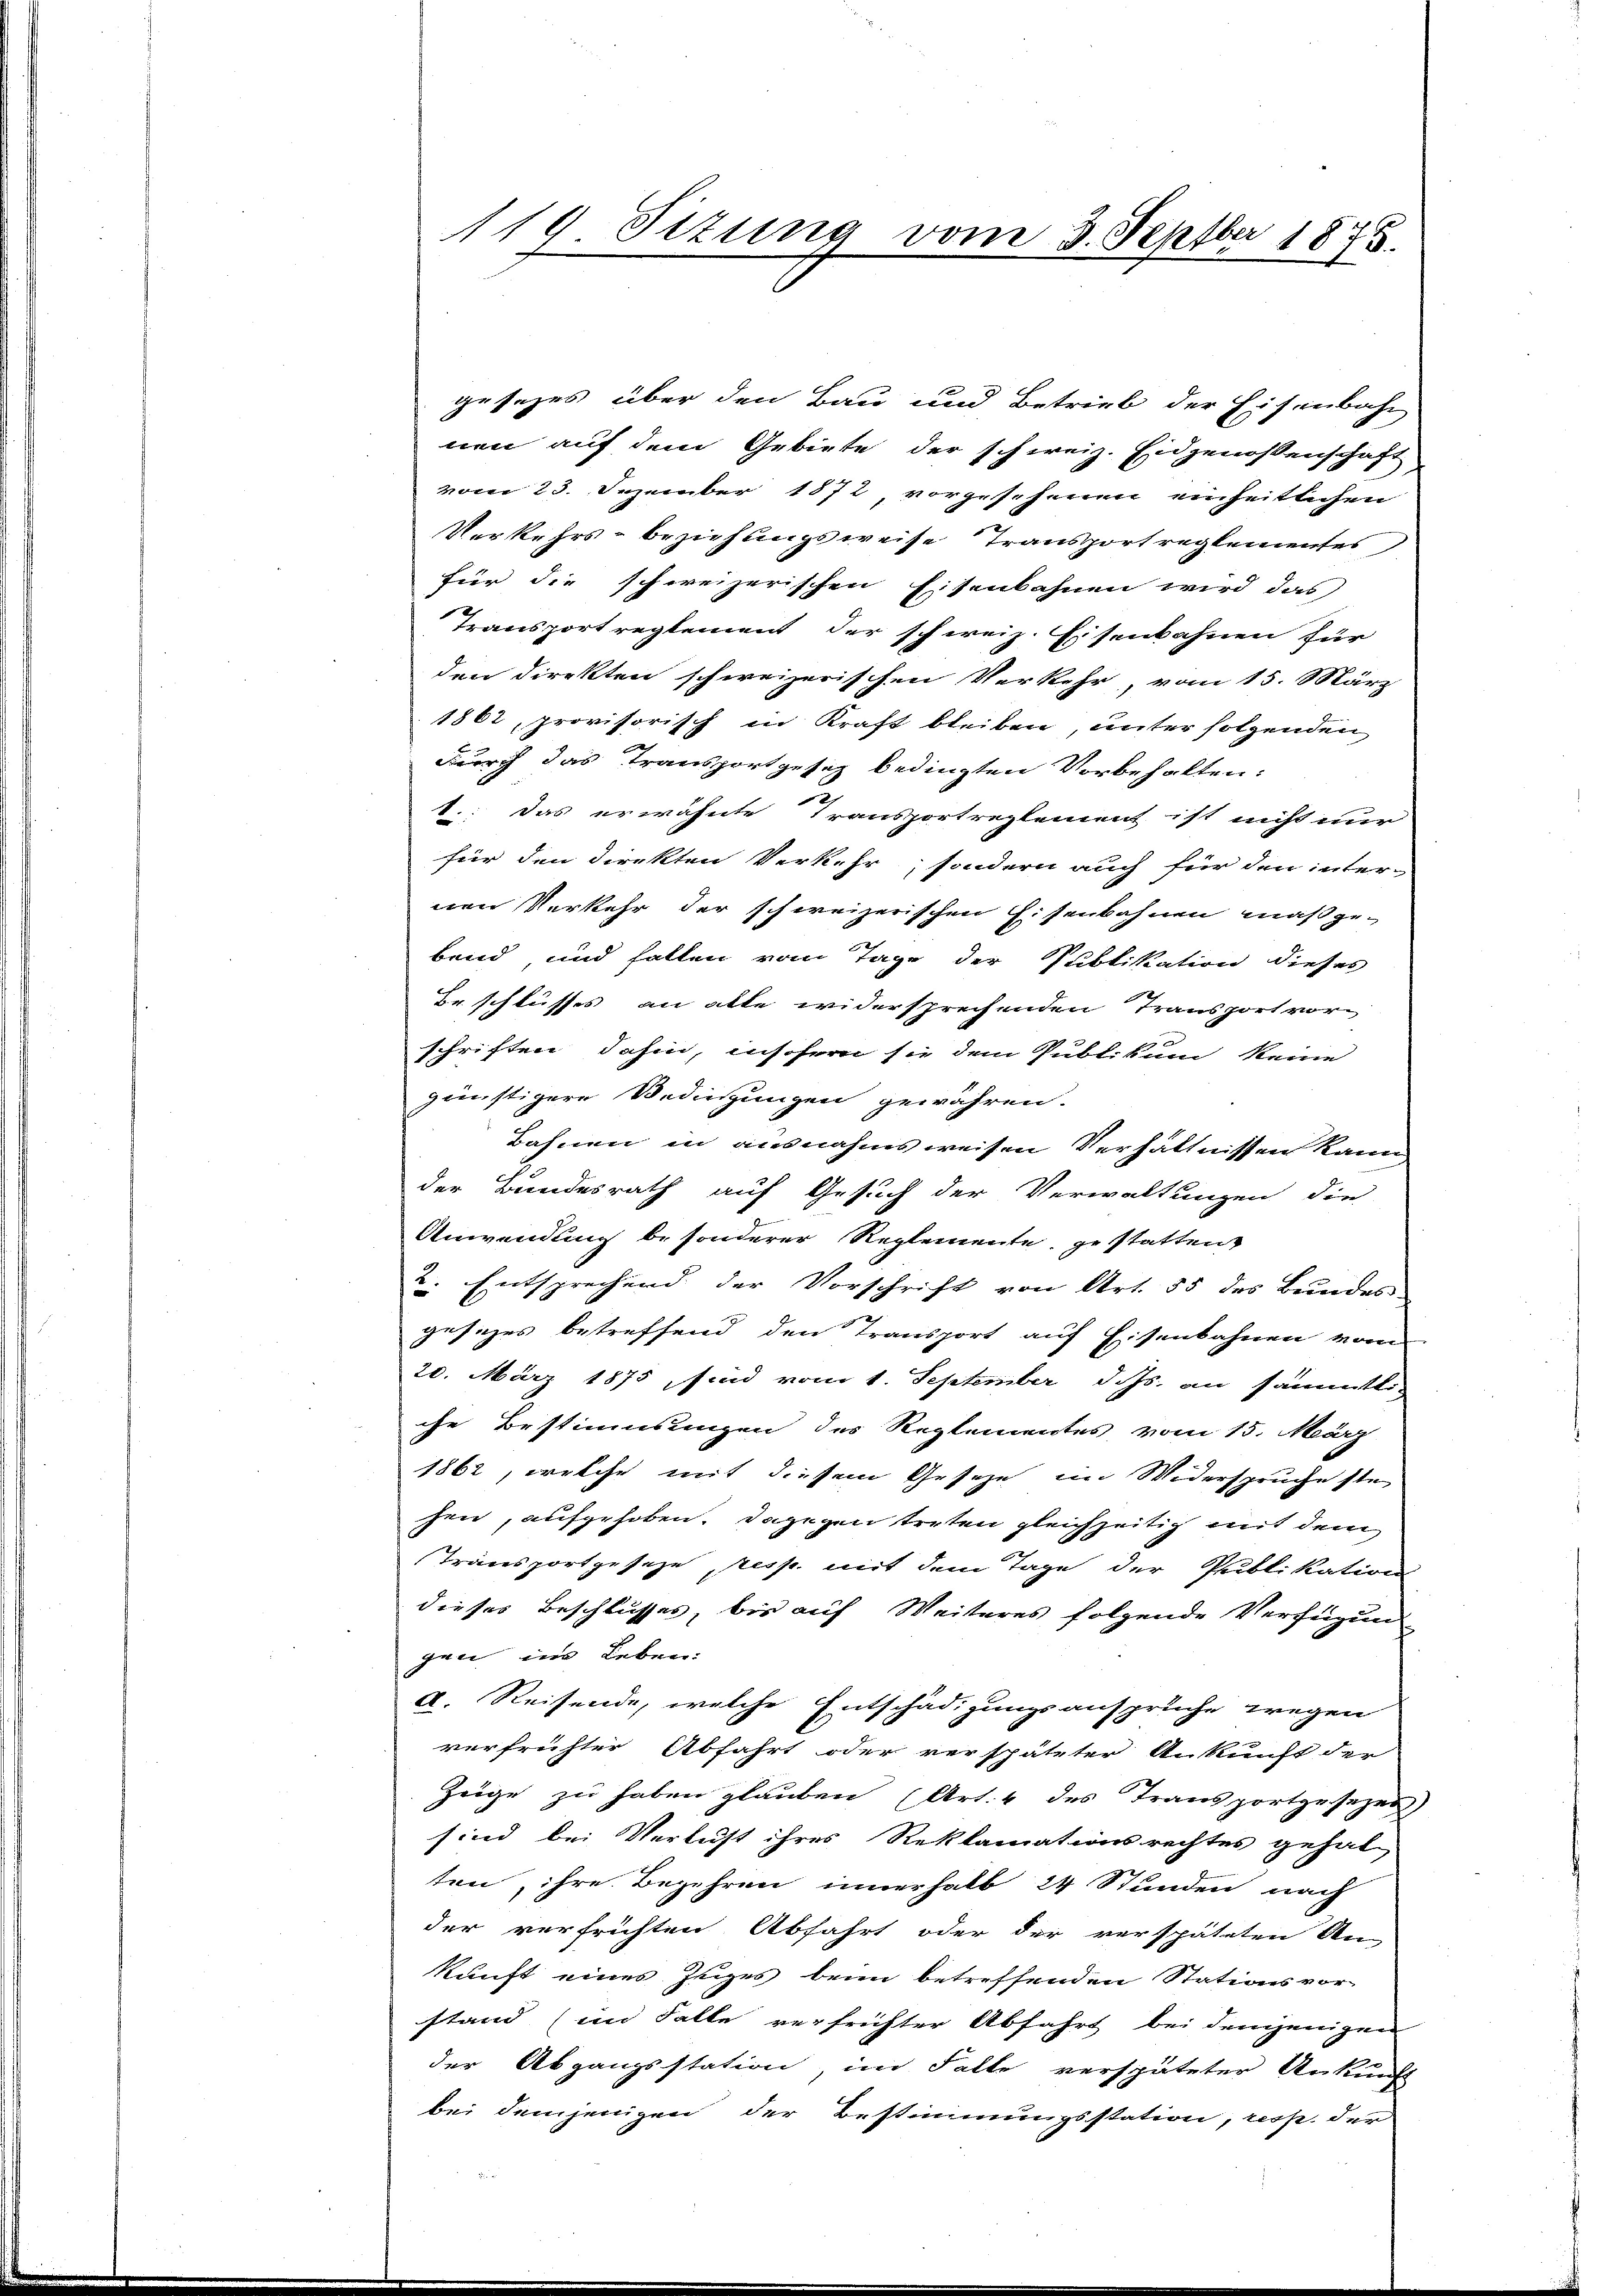
119. Sizung vom 3. Septbr 1875.

gesezes über den Bau und Betrieb der Eisenbahn
nen auf dem Gebiete der schweiz. Eidgenossenschaft
vom 23. Dezember 1872, vorgesehenen einheitlichen
Verkehrs- beziehungsweise Transport reglementes
für die schweizerischen Eisenbahnen wird das
Transport reglement der schweiz. Eisenbahnen für
den direkten schweizerischen Verkehr, vom 15. März
1862, provisorisch in Kraft bleiben, unter folgenden
durch das Transportgesetz bedingten Vorbehalten:
1.: Das erwähnte Transportreglement ist nicht nur
für den direkten Verkehr, sondern auch für den internen Verkehr der schweizerischen Eisenbahnen maßgebend, und fallen vom Tage der Publikation dieses
Beschlusses an alle widersprechenden Transport vorschriften dahin, insofern sie dem Publikum keine
günstigere Bedingungen gewähren.
Bahnen in ausnahmsweisen Verhältnissen kann
der Bundesrath auf Gesuch der Verwaltungen die
Anwendung besonderer Reglemente, gestatten
2. Entsprechend der Vorschrift von Art. 55 des Bŭndes-
gesezes betreffend den Transport auf Eisenbahnen vom
20. März 1875, sind vom 1. September d. Js. an sämmtli
che Bestimmungen des Reglementes vom 15. März
1862, welche mit diesem Gesetze im Widerspruche ste
sen, aufgehoben. Dagegen treten gleichzeitig mit dem
Transportgeseze resp. mit dem Tage der Publikation
dieses Beschlusses, bis auf Weiteres folgende Verfügung
gen im Leben:
A. Reisende, welche Entschädigungsanspruche wegen
verfrühter Abfahrt oder verspäteter Ankunft der
Zeige zu haben glauben (Art. 4 des Transportgesezes)
sind bei Verlust ihres Reklamationsrechtes gehalten, ihre Begehren innerhalb 24 Stunden nach
der verfrichten Abfahrt oder der verspäteten An-
kunft eines Zuges beim betreffenden Stationsvor-
stand (im Falle verfrüchter Abfahrt bei demjenigen
der Abgangsstation, im Falle verspäteter Ankunft
bei demjenigen der Bestimmungsstation, resp. der